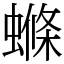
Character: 螩